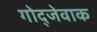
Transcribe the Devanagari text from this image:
गोद्जेवाक